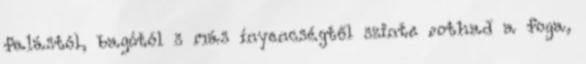
falástól, bagótól s más ínyencségtől szinte rothad a foga,